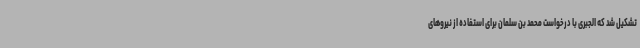
تشکیل شد که الجبری با درخواست محمد بن سلمان برای استفاده از نیروهای